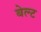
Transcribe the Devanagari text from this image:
बेल्‍ट